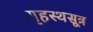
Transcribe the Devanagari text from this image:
गृहस्थसूत्र